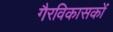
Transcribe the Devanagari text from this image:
गैरविकासकों